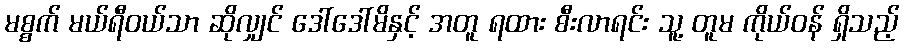
မစ္စက် မယ်ရီဝယ်သာ ဆိုလျှင် ဒေါ်ဒေါ်မိနှင့် အတူ ရထား စီးလာရင်း သူ့ တူမ ကိုယ်ဝန် ရှိသည့်